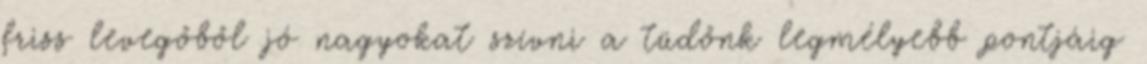
friss levegőből jó nagyokat szívni a tüdőnk legmélyebb pontjáig